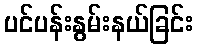
ပင်ပန်းနွမ်းနယ်ခြင်း